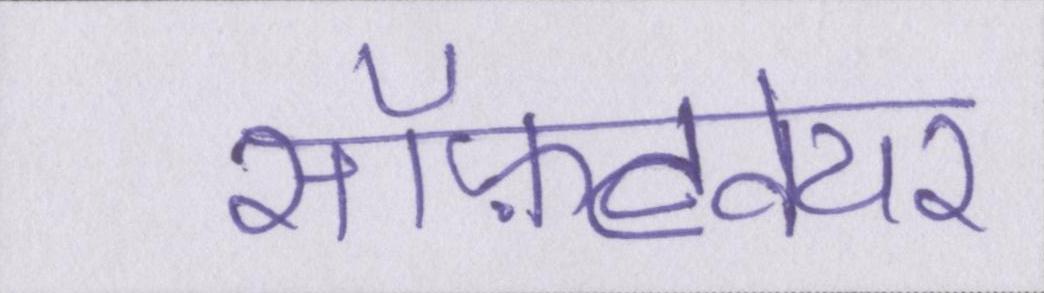
सॉफ़्टवेयर